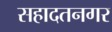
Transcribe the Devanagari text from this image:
सहादतनगर